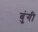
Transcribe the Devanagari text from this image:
बुंगी